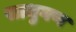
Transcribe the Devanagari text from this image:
साधुगण